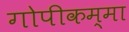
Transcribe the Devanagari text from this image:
गोपीकम्मा